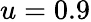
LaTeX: u=0.9